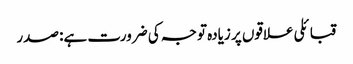
قبائلی علاقوں پر زیادہ توجہ کی ضرورت ہے: صدر